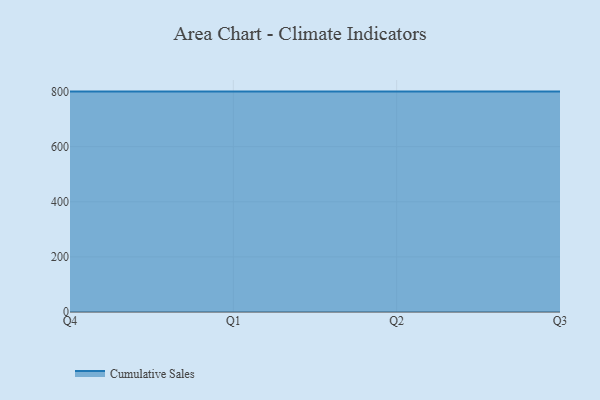
{"axis": {"x": "Quarter", "y": "Page Views"}, "legend": ["Cumulative Sales"], "data": [{"x": "Q4", "y": 800, "type": "Cumulative Sales"}, {"x": "Q1", "y": 800, "type": "Cumulative Sales"}, {"x": "Q2", "y": 800, "type": "Cumulative Sales"}, {"x": "Q3", "y": 800, "type": "Cumulative Sales"}]}